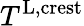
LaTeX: T^{\textnormal{L},\textnormal{crest}}